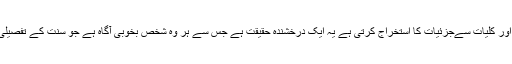
ان کے نظم وربط کوبرقرار رکھتی اور کلیات سےجزئیات کا استخراج کرتی ہے یہ ایک درخشندہ حقیقت ہے جس سے ہر وہ شخص بخوبی آگاہ ہے جو سنت کے تفصیلی مطالعہ سے بہرہ مند ہ ہوچکا ہے ۔